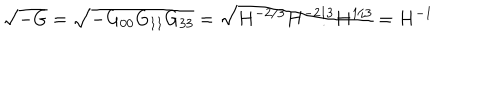
\sqrt { - G } = \sqrt { - G _ { 0 0 } G _ { 1 1 } G _ { 3 3 } } = \sqrt { H ^ { - 2 / 3 } H ^ { - 2 / 3 } H ^ { 1 / 3 } } = H ^ { - 1 }